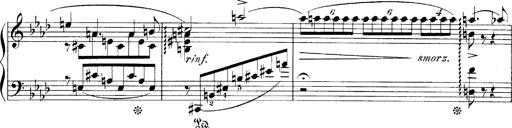
Title: LiebestrÃ¤ume
Composer: Franz Behr
Key: E-flat major